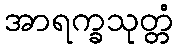
အာရက္ခသုတ္တံ